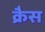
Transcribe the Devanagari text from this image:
क्रैस